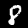
Label: 8